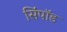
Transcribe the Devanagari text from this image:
सिंपॉड